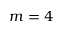
m = 4